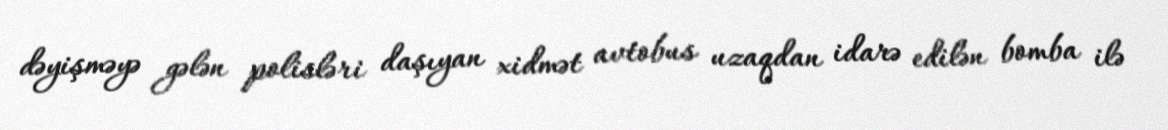
dəyişməyə gələn polisləri daşıyan xidmət avtobus uzaqdan idarə edilən bomba ilə